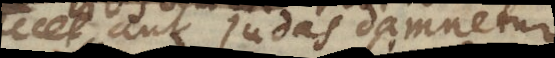
peccet, aut Judas damnetur,